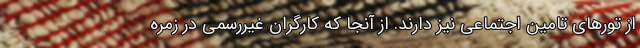
از تورهای تامین اجتماعی نیز دارند. از آنجا که کارگران غیررسمی در زمره